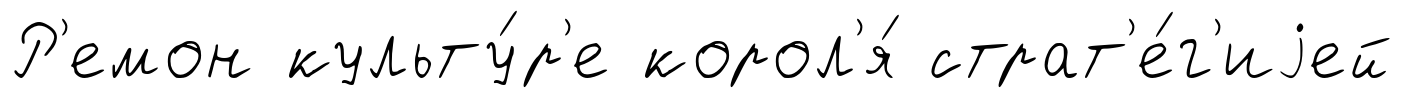
Р'емон культу́р'е корол'я́ страт'е́г'иjей